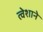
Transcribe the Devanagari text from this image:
त्वेशाने